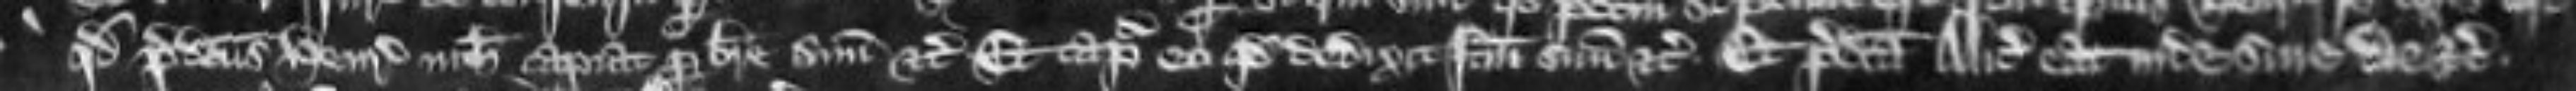
quod predictus Henricus nichil capiat per breve etc Et capiatur eo quod dedixit factum suum etc Et predicta Alicia eat inde sine die etc.